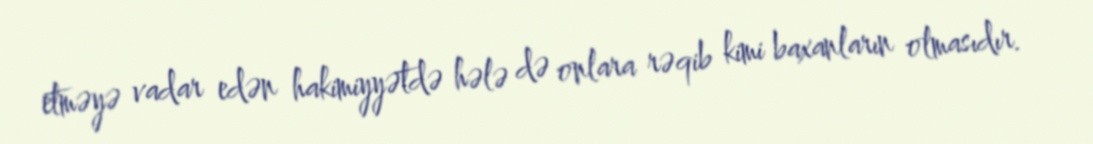
etməyə vadar edən hakimiyyətdə hələ də onlara rəqib kimi baxanların olmasıdır.